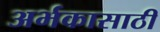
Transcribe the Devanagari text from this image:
अर्भकासाठी